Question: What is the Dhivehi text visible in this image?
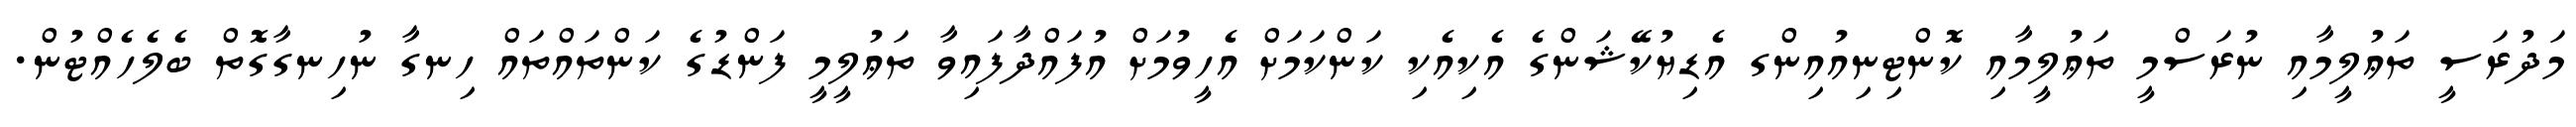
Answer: މަދުރަސީ ތަޢުލީމާއި ނުރަސްމީ ތަޢުލީމާއި ކޮންޓިނިއުއިންގ އެޑިޔުކޭޝަންގެ އެކިއެކި ކަންކަމަށް އެހީވުމަށް އުފައްދާފައިވާ ތަޢުލީމީ ފަންޑުގެ ކަންތައްތައް ހިނގާ ނުހިނގާގޮތް ބެލެހެއްޓުން.